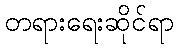
တရားရေးဆိုင်ရာ